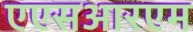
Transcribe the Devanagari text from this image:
एएसआरएम